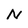
Character: N